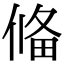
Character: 偹